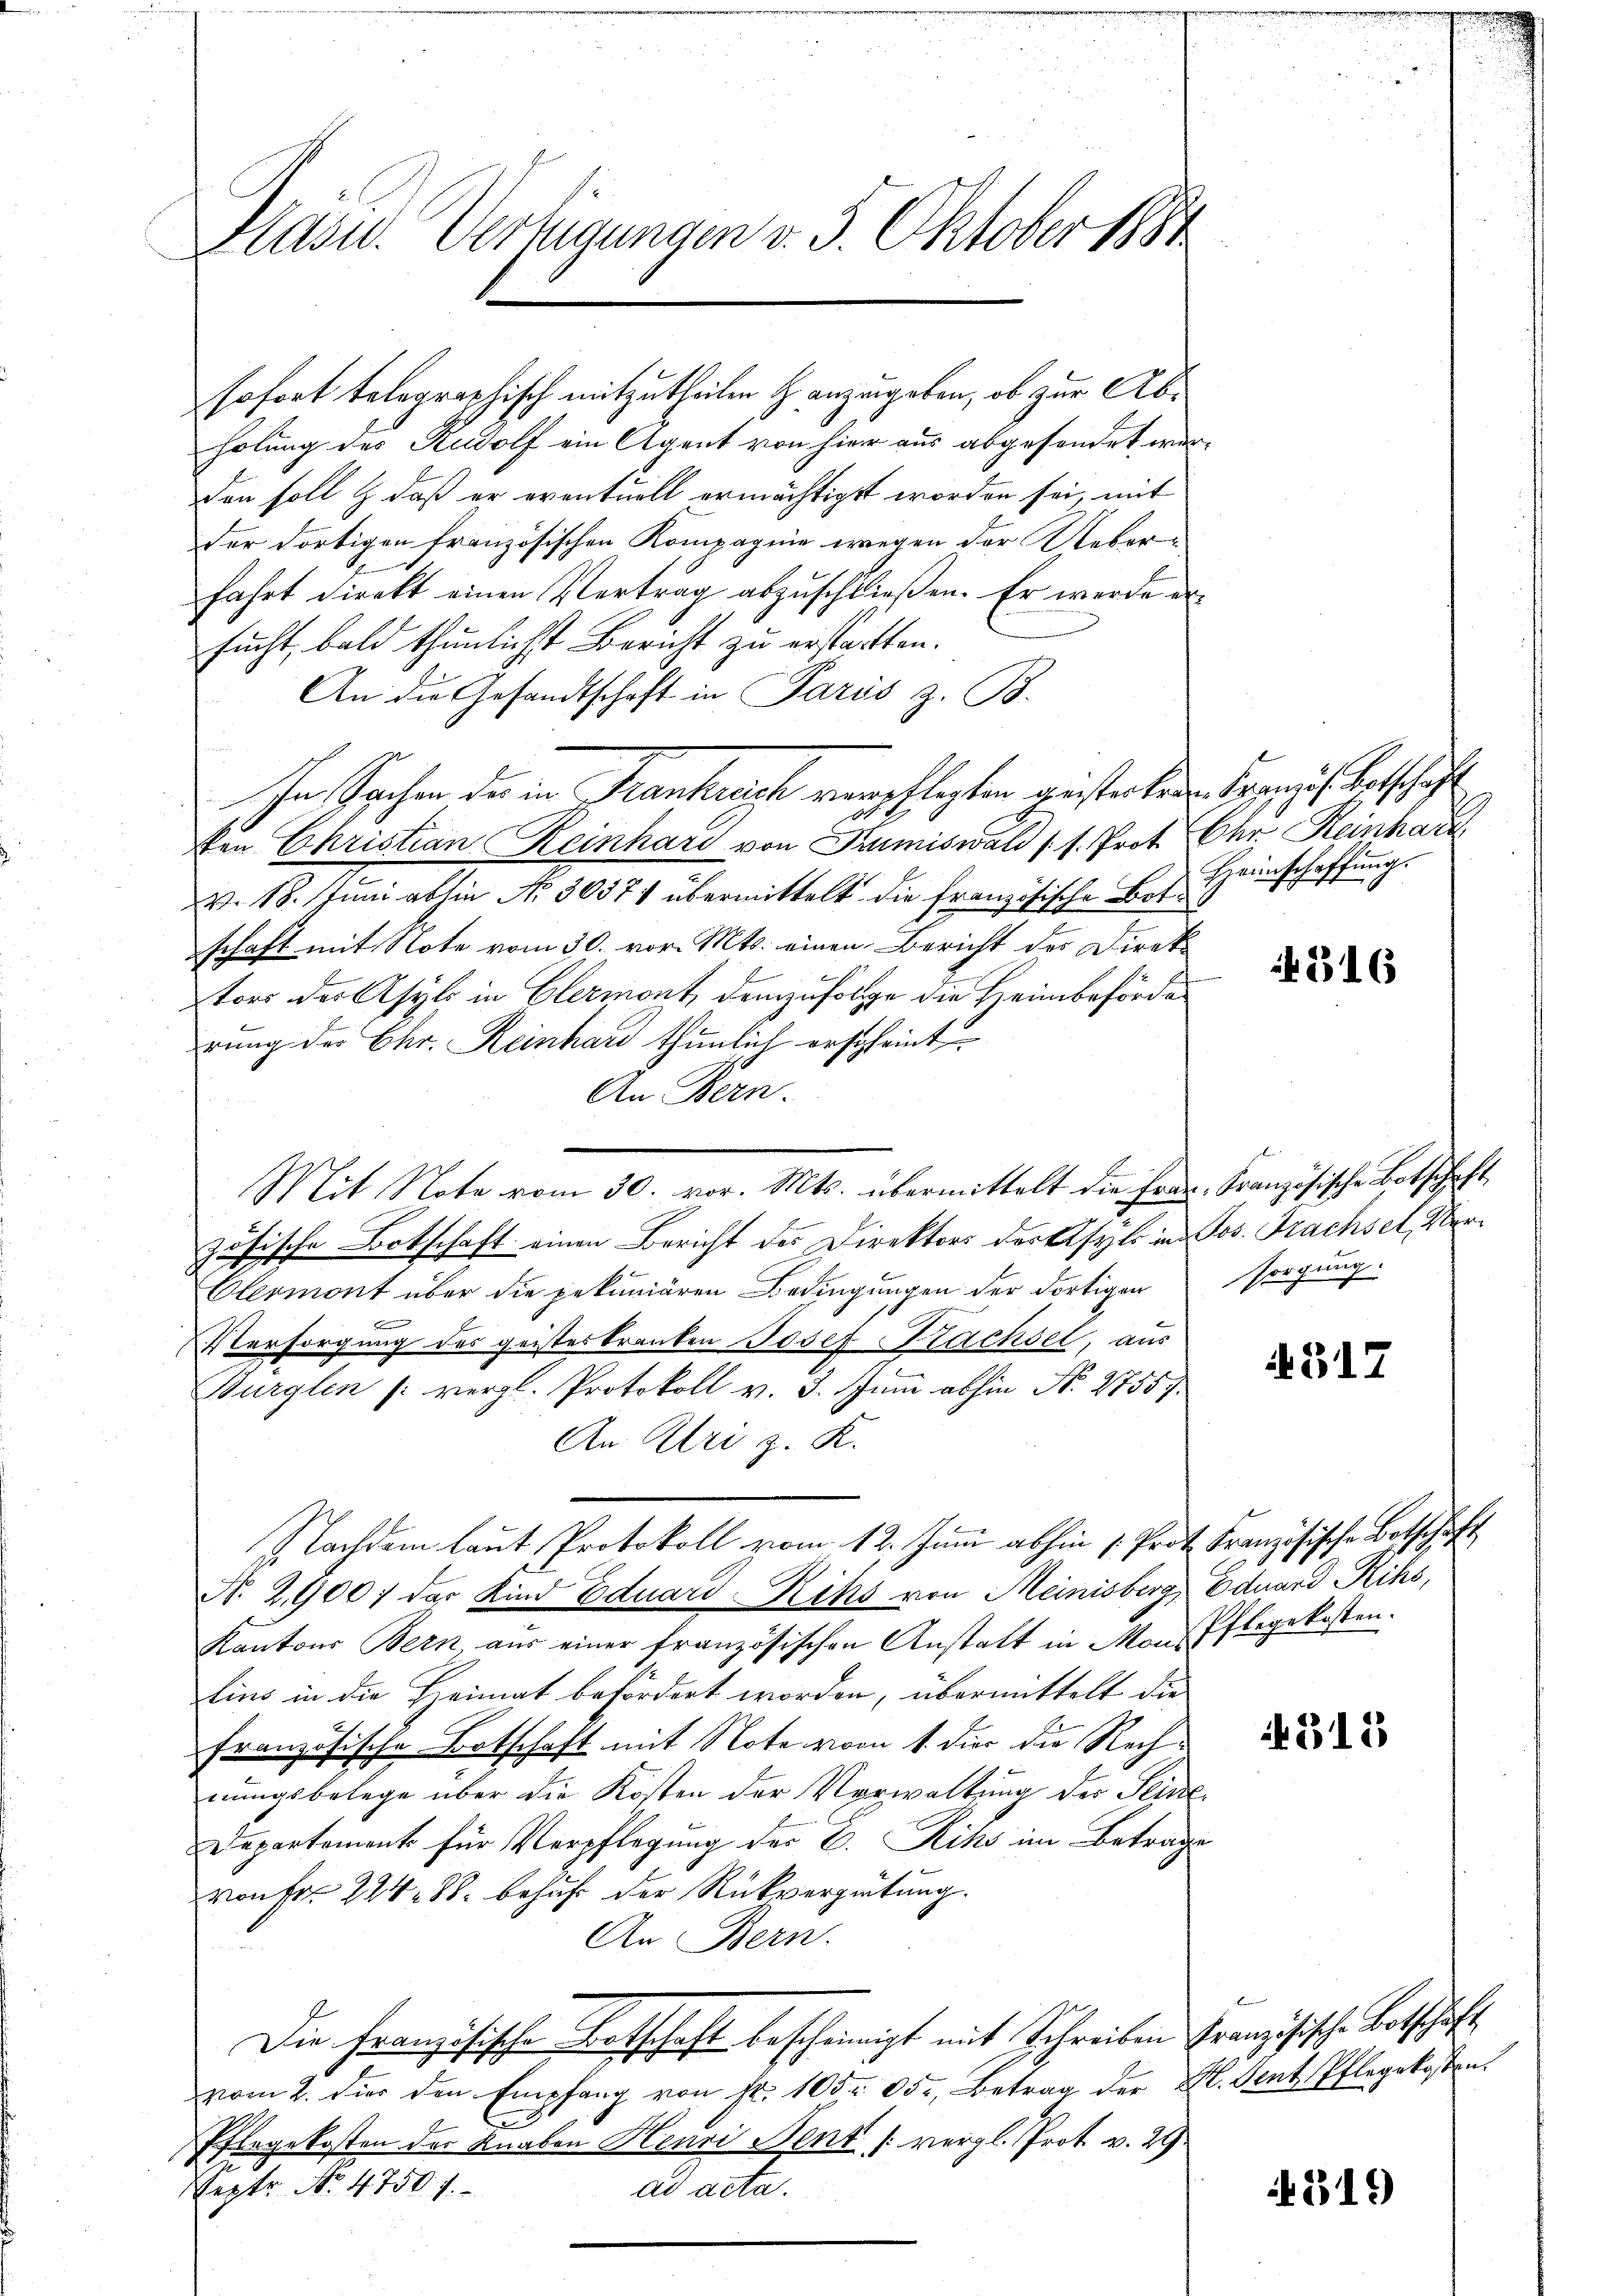
Präsid. Vertigungen v. 5. Oktober 1884

sofort telegraphisch mitzutheilen anzugeben, ob zur Abholung des Rudolf ein Agent von hier aus abgesondet werden soll & daß er eventuell ermächtigt worden sei, mit
Der dortigen französischen Kompagnie wegen der Ueberfahrt direkt einen Vertrag abzuschließen. Er werde ersucht, bald thunlichst Bericht zu erstärkten.
An die Gesandtschaft in Paris z. B.
In Sachen des in Krantrach verpflegten anstecken. Daraus Betschäft
ten Christian Reinhard von Primiswald (s. Prot
v. 18. Juni abhin No. 30371 übermittelt die französische Botschaft mit Note vom 30. vor. Mts. einen Bericht des Direktors der Asyls in Elermont, demzufolge die Heimbeförde
rung des Chr. Reinhard thunlich erscheint.
An Bern.
zösische Botschaft einen Bericht des Direktors der Asyls in Jos. Trachsel, Ver¬
Olermont über die pekuniären Bedingungen der dortigen
Versorgung des geisteskranken Josef Krachsel, aus
Bürglen (: vergl. Protokoll v. 3. Juni abhin N. 27557.
An Uri z. K.
Nachdem laut Protokoll vom 12. Juni abhin (Prot. Französische Botschaft
N. 2,900; das Kind Eduard Keks von Meinisberg Eduard Rihs,
Kantons Bern aus einer französischen Anstatt in Monspflegekosten.
tins in die Heimat befordert worden, übermittelt die
französische Botschaft mit Note vom 1. dies die Rechnungsbelege über die Kosten der Verwaltung der Seine
Departement für Verpflegung des C. Kiks im Betrage
von Fr. 224. 88. behufe der Rückvergütung.
An Bern.
Die Französische Botschaft bescheinigt mit Schreiben Französische Botschäft
vom 2. Für den Empfang von fr. 105. 35. Betrag der B. Sent. Pflegekosten.
b
Pflegekosten der Knaben Henri Bent (vergl. Prot. v. 29
Sept No. 4750 f.
ad acta.

Mit Note vom 30. vor. Mts. übermittelt die Frau, Französische Botschaft

Der Reinhart
Heimschaffung.

516

sorgung.

A 317

4315

319